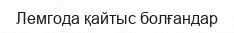
Лемгода қайтыс болғандар